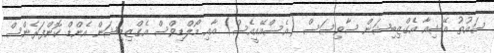
ސައުތު އޭޝިއާ އެގްޒިބިޝަން ސާވިސަސް (އެސްއޭއީއެސް) އާއި މޯލްޑިވްސް އެގްޒިބިޝަން އެންޑް ކޮންފަރެންސް